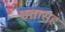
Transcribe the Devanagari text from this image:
छतासह